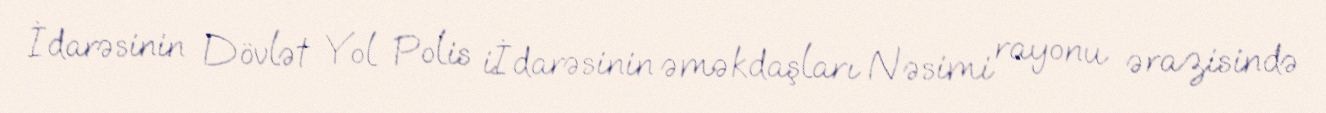
İdarəsinin Dövlət Yol Polis iİdarəsinin əməkdaşları Nəsimi rayonu ərazisində